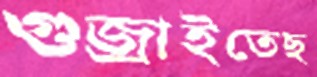
গুজ্‌রাইতেছ